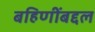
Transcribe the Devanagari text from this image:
बहिणींबद्दल